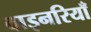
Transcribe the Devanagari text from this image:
वाइनरियाँ